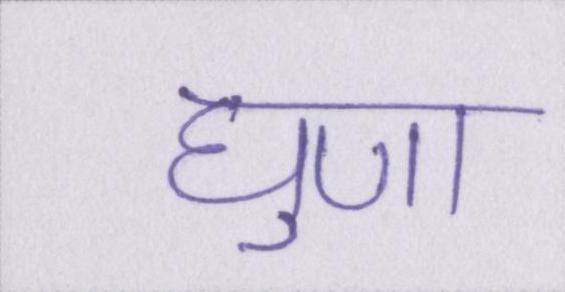
घृणा